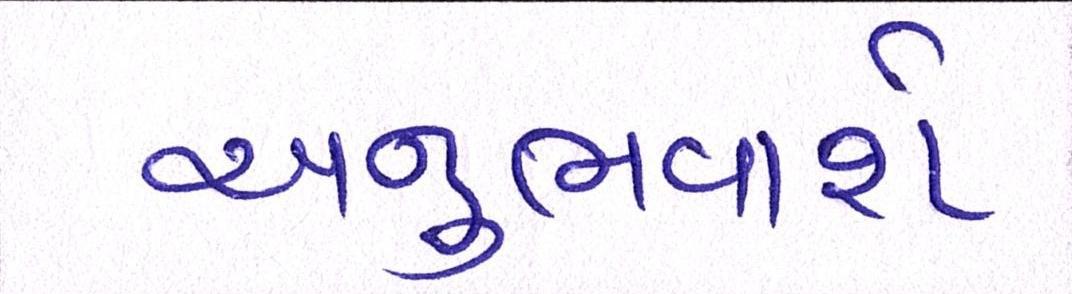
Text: અનુભવાશે